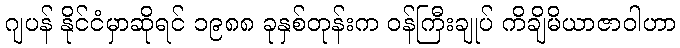
ဂျပန် နိုင်ငံမှာဆိုရင် ၁၉၈၈ ခုနှစ်တုန်းက ဝန်ကြီးချုပ် ကိချိမိယာဇာဝါဟာ